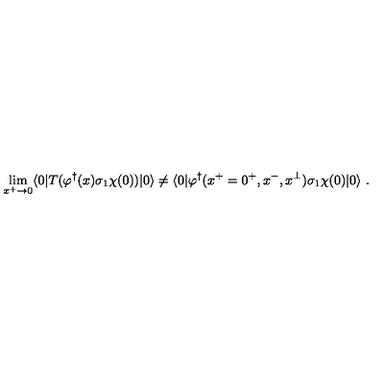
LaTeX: \lim _ { x ^ { + } \rightarrow 0 } \langle 0 | T ( \varphi ^ { \dagger } ( x ) \sigma _ { 1 } \chi ( 0 ) ) | 0 \rangle \neq \langle 0 | \varphi ^ { \dagger } ( x ^ { + } = 0 ^ { + } , x ^ { - } , x ^ { \perp } ) \sigma _ { 1 } \chi ( 0 ) | 0 \rangle \ .